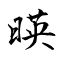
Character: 暎